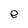
Character: e